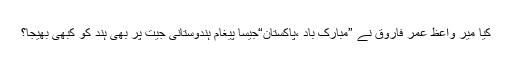
کیا میر واعظ عمر فاروق نے ”مبارک باد ،پاکستان“جیسا پیغام ہندوستانی جیت پر بھی ہند کو کبھی بھیجا؟